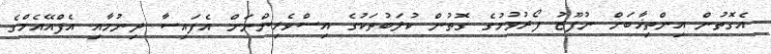
އެގޮތުން އިންތިޚާބަށް ނުފޫޒު ފޯރުވުމުގެ ގޮތުން ކުލަބުތަކުގެ އިސްވެރިންނަށް އެފައިސާ ދިނުމާއި އެފްއޭއެމްގެ